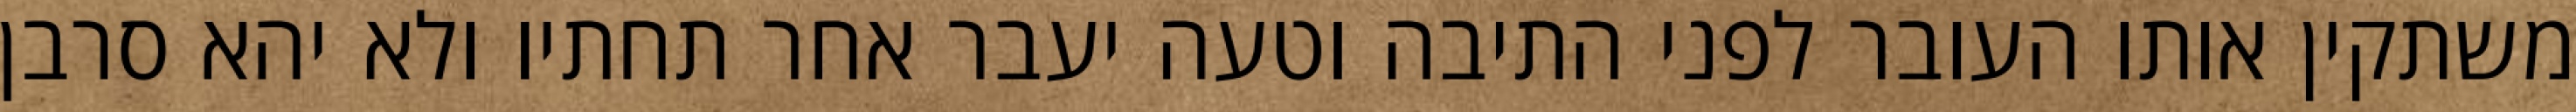
משתקין אותו העובר לפני התיבה וטעה יעבר אחר תחתיו ולא יהא סרבן